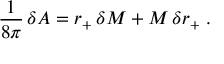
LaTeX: { \frac { 1 } { 8 \pi } } \, \delta A = r _ { + } \, \delta M + M \, \delta r _ { + } \; .